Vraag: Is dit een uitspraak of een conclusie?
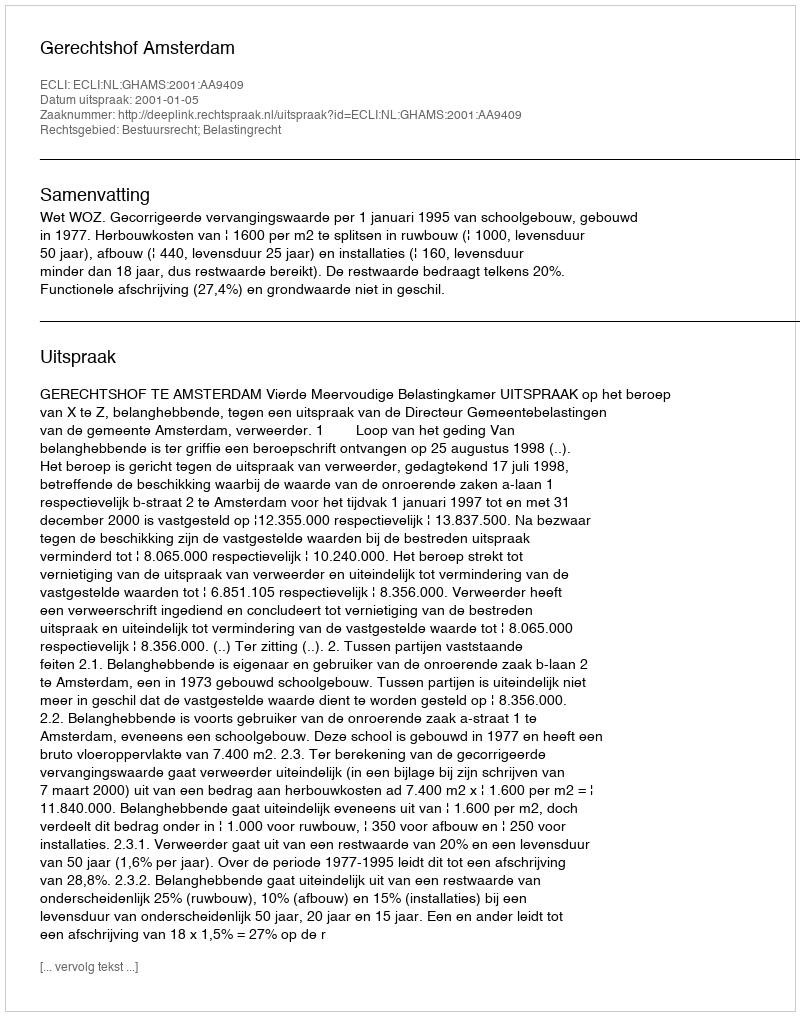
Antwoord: Uitspraak